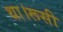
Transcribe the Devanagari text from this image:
था।रूसी